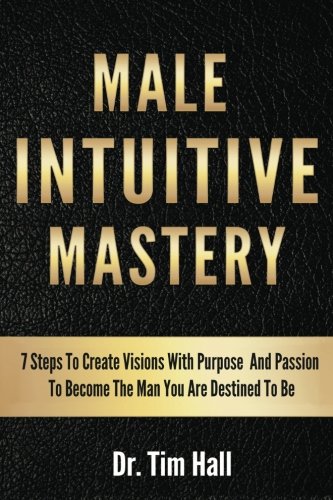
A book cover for Male Intuitive Mastery: 7 Steps To Create Visions With Purpose And Passion To Become The Man You Are Destined To Be (Mental Mastery Series) (Volume 1); Dr. Tim Hall; Self-Help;